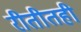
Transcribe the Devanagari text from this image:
रीतीतही